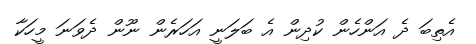
އެތިބަ ދެ އަންހެން ކުދިން އެ ބަލަނީ އަހަރެން ނޫން ދެވަނަ މީހަކާ